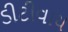
ડીટીવાય